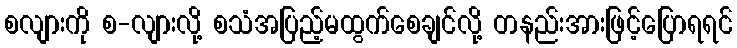
စလျားကို စ-လျားလို့ စသံအပြည့်မထွက်စေချင်လို့ တနည်းအားဖြင့်ပြောရရင်